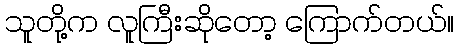
သူတို့က လူကြီးဆိုတော့ ကြောက်တယ်။